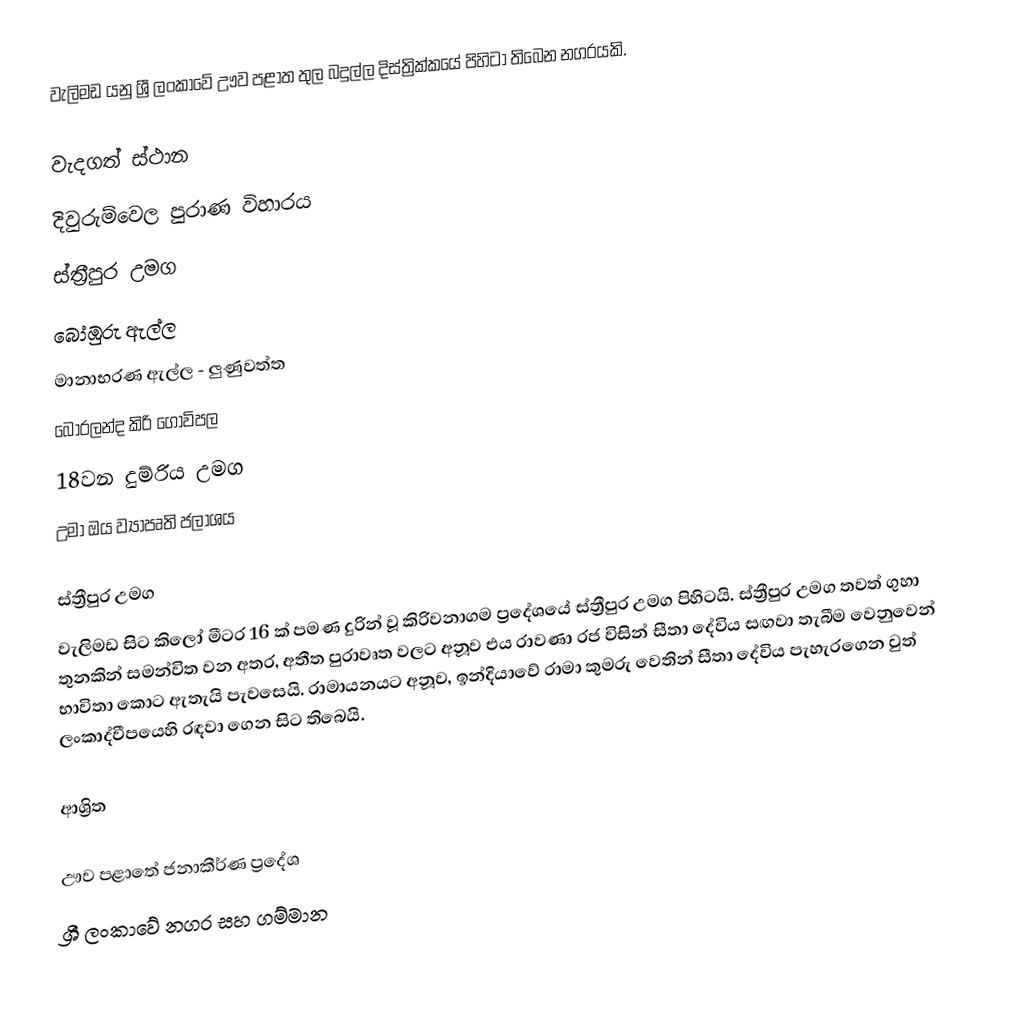
වැලිමඩ යනු ශ්‍රී ලංකාවේ ඌව පළාත තුල බදුල්ල දිස්ත්‍රික්කයේ පිහිටා තිබෙන නගරයකි.

වැදගත් ස්ථාන
දිවුරුම්වෙල පුරාණ විහාරය
ස්ත්‍රීපුර උමග
බෝඹුරු ඇල්ල
මානාභරණ ඇල්ල - ලුණුවත්ත
බොරලන්ද කිරි ගොවිපල
18වන දුම්රිය උමග
උමා ඔය ව්‍යාපෘති ජලාශය

ස්ත්‍රීපුර උමග
වැලිමඩ සිට කිලෝ මීටර 16 ක් පමණ දුරින් වූ කිරිවනාගම ප්‍රදේශයේ ස්ත්‍රීපුර උමග පිහිටයි. ස්ත්‍රීපුර උමග තවත් ගුහා තුනකින් සමන්විත වන අතර, අතීත පුරාවෘත වලට අනූව එය රාවණා රජ විසින් සීතා දේවිය සඟවා තැබීම වෙනුවෙන් භාවිතා කොට ඇතැයි පැවසෙයි. රාමායනයට අනූව, ඉන්දියාවේ රාමා කුමරු වෙතින් සීතා දේවිය පැහැරගෙන වුත් ලංකාද්වීපයෙහි රඳවා ගෙන සිට තිබෙයි.

ආශ්‍රිත

ඌව පළාතේ ජනාකීර්ණ ප්‍රදේශ
ශ්‍රී ලංකාවේ නගර සහ ගම්මාන